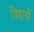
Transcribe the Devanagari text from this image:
विद्दार्थी